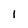
Character: I